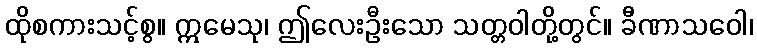
ထိုစကားသင့်စွ။ ဣမေသု၊ ဤလေးဦးသော သတ္တဝါတို့တွင်။ ခီဏာသဝေါ၊